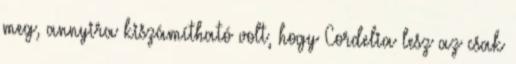
meg, annyira kiszámítható volt, hogy Cordelia lesz az csak